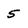
Character: 5